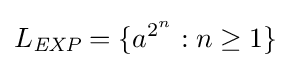
L_{\textit {EXP}}=\{a^{2^{n}}:n\geq 1\}